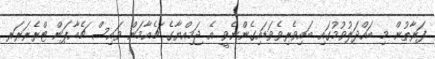
ފަރާތުން މި ބައްދަލުވުމުގައި ބައިވެރިވެވަޑައިގެންނެވީ އެ ޖަމިއްޔާގެ ޗެއާމަން ވައިސް ޗެއާޕަން ޓްރެޜަރަރ